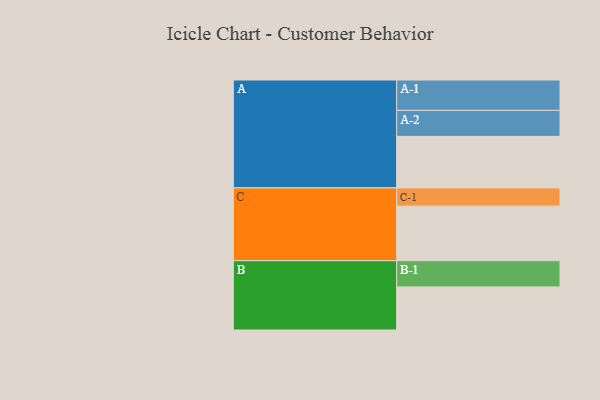
{"axis": {"x": "Segment", "y": "Value"}, "legend": ["", "A", "B", "C"], "data": [{"x": "A", "y": 426, "type": ""}, {"x": "B", "y": 356, "type": ""}, {"x": "C", "y": 451, "type": ""}, {"x": "A-1", "y": 251, "type": "A"}, {"x": "A-2", "y": 215, "type": "A"}, {"x": "B-1", "y": 217, "type": "B"}, {"x": "C-1", "y": 151, "type": "C"}]}